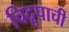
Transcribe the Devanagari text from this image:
चिद्रुपाची